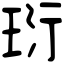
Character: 𤤾